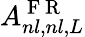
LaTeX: A_{nl,nl,L}^{\mathrm{~F~R~}}